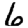
Digit: 6